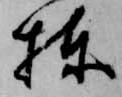
棟